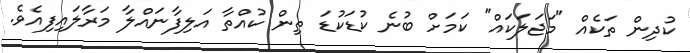
ކުދިން ތަކެއް "މަޖަލަކައް" ކަމަށް ބުނެ ކުޑަކުޑަ ތިން ކުއްތާ އަލިފާނައްލާ މަރާލައިފިއެވެ.